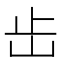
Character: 𡵩